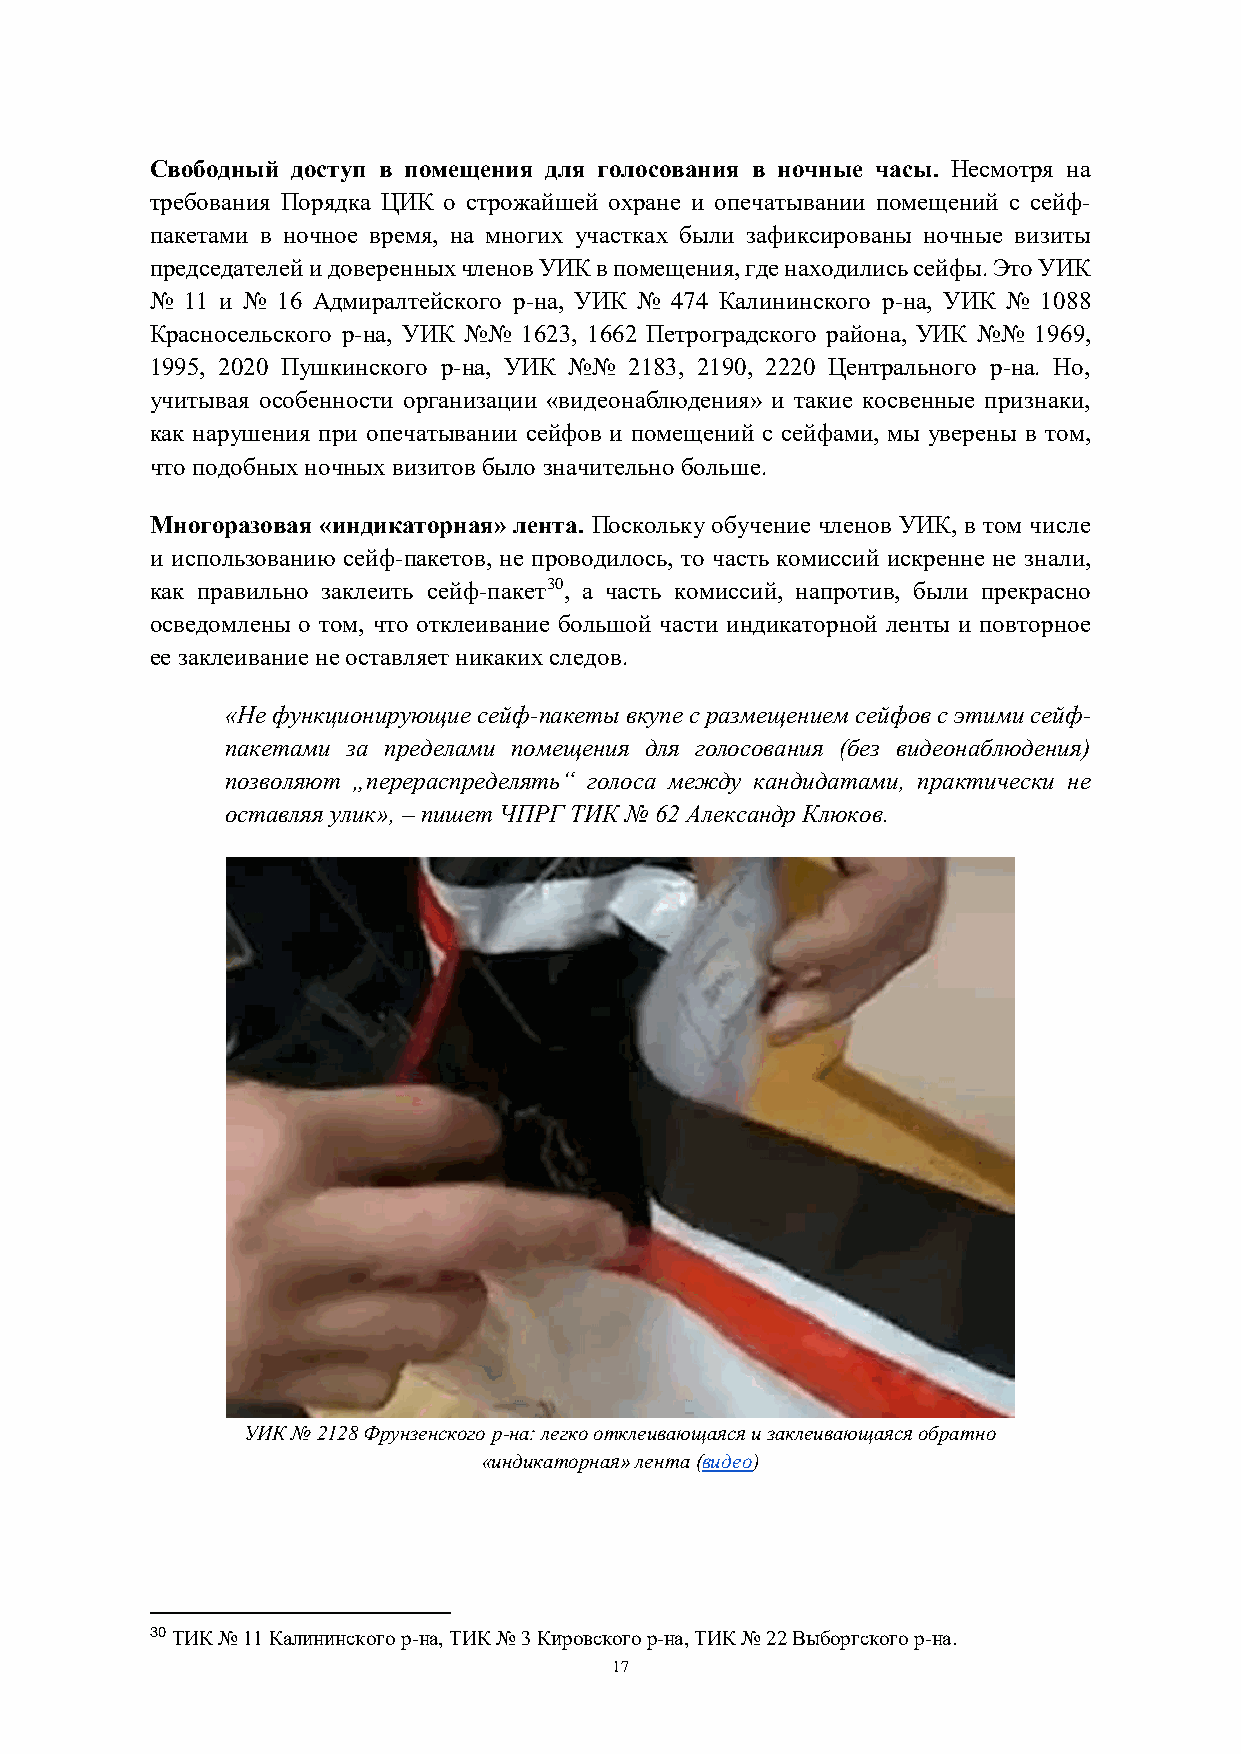
Свободный доступ в помещения для голосования в ночные часы. Несмотря на
 требования Порядка ЦИК о строжайшей охране и опечатывании помещений с сейф-
 пакетами в ночное время, на многих участках были зафиксированы ночные визиты
 председателей и доверенных членов УИК в помещения, где находились сейфы. Это УИК
 № 11 и № 16 Адмиралтейского р-на, УИК № 474 Калининского р-на, УИК № 1088
 Красносельского р-на, УИК №№ 1623, 1662 Петроградского района, УИК №№ 1969,
 1995, 2020 Пушкинского р-на, УИК №№ 2183, 2190, 2220 Центрального р-на. Но,
 учитывая особенности организации «видеонаблюдения» и такие косвенные признаки,
 как нарушения при опечатывании сейфов и помещений с сейфами, мы уверены в том,
 что подобных ночных визитов было значительно больше.
 Многоразовая «индикаторная» лента. Поскольку обучение членов УИК, в том числе
 и использованию сейф-пакетов, не проводилось, то часть комиссий искренне не знали,
 как правильно заклеить сейф-пакет30, а часть комиссий, напротив, были прекрасно
 осведомлены о том, что отклеивание большой части индикаторной ленты и повторное
 ее заклеивание не оставляет никаких следов.
 «Не функционирующие сейф-пакеты вкупе с размещением сейфов с этими сейф-
 пакетами за пределами помещения для голосования (без видеонаблюдения)
 позволяют „перераспределять“ голоса между кандидатами, практически не
 оставляя улик», – пишет ЧПРГ ТИК № 62 Александр Клюков.
 УИК № 2128 Фрунзенского р-на: легко отклеивающаяся и заклеивающаяся обратно
 «индикаторная» лента (видео)
 30 ТИК № 11 Калининского р-на, ТИК № 3 Кировского р-на, ТИК № 22 Выборгского р-на.
 17